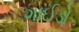
ગાઈડો